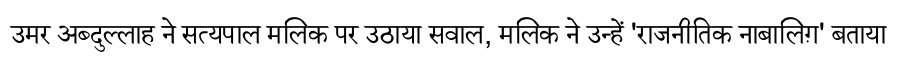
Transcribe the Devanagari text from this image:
उमर अब्दुल्लाह ने सत्यपाल मलिक पर उठाया सवाल, मलिक ने उन्हें 'राजनीतिक नाबालिग़' बताया